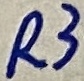
Text: R3